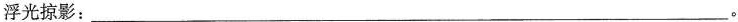
浮光掠影：___。